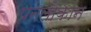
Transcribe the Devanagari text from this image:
पनेलोकान